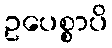
ဥပေစ္စာပိ